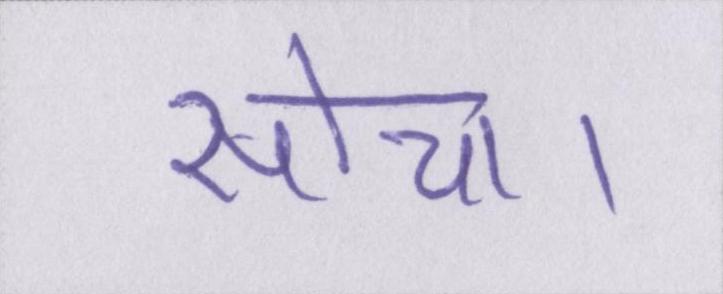
सोचा।